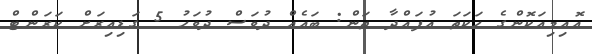
އޮއިމިއަކޮންގެ ހަކަތަ އުފައްދާ ތަން: ބައެއް ދުވަސް ދުވަހު 5 ގަޑިއިރަށް ކަރަންޓް